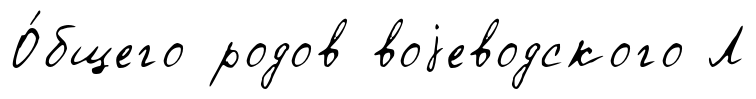
О́бщего родов воjеводского Л